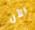
الآن